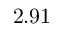
2 . 9 1